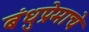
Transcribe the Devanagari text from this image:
बंधुप्रेमाचे